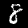
Label: 8